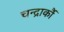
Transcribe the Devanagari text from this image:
चन्द्रार्कौ